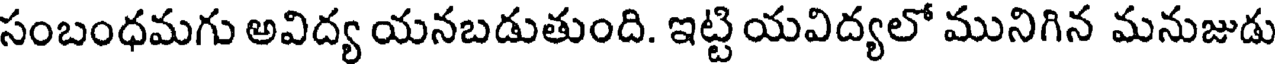
సంబంధమగు అవిద్య యనబడుతుంది. ఇట్టి యవిద్యలో మునిగిన మనుజుడు